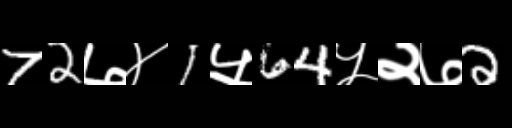
Text: 72७४1५64५२७2